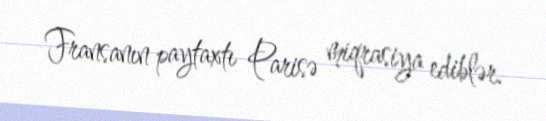
Fransanın paytaxtı Parisə miqrasiya ediblər.